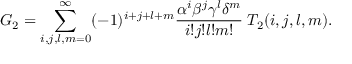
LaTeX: G _ { 2 } = \sum _ { i , j , l , m = 0 } ^ { \infty } ( - 1 ) ^ { i + j + l + m } \frac { \alpha ^ { i } \beta ^ { j } \gamma ^ { l } \delta ^ { m } } { i ! j ! l ! m ! } \; T _ { 2 } ( i , j , l , m ) .